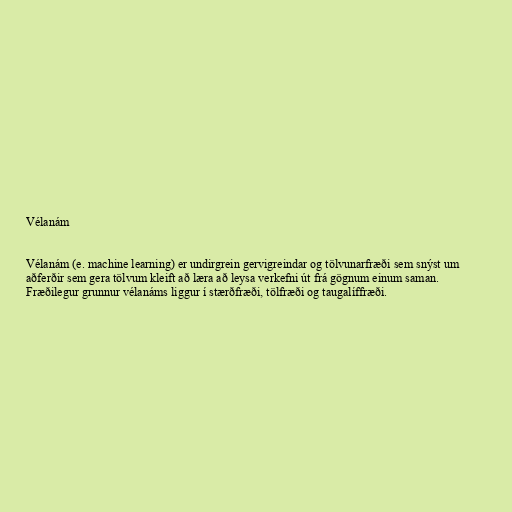
Vélanám

Vélanám (e. machine learning) er undirgrein gervigreindar og tölvunarfræði sem snýst um
aðferðir sem gera tölvum kleift að læra að leysa verkefni út frá gögnum einum saman.
Fræðilegur grunnur vélanáms liggur í stærðfræði, tölfræði og taugalíffræði.